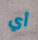
أي